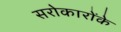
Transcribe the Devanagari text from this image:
सरोकारोंके